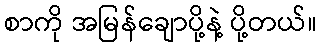
စာကို အမြန်ချောပို့နဲ့ ပို့တယ်။